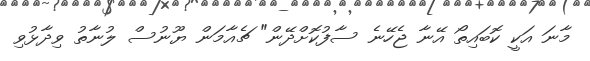
މާނަ އަކީ ކޮބައިތޯ އޭނާ ޖެހޭނެ ސާފުކޮށްދޭން" ޗެއާމަން ޔޫނުސް ލުނާތު ވިދާޅުވި